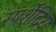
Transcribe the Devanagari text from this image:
स्पर्शेंद्रिय